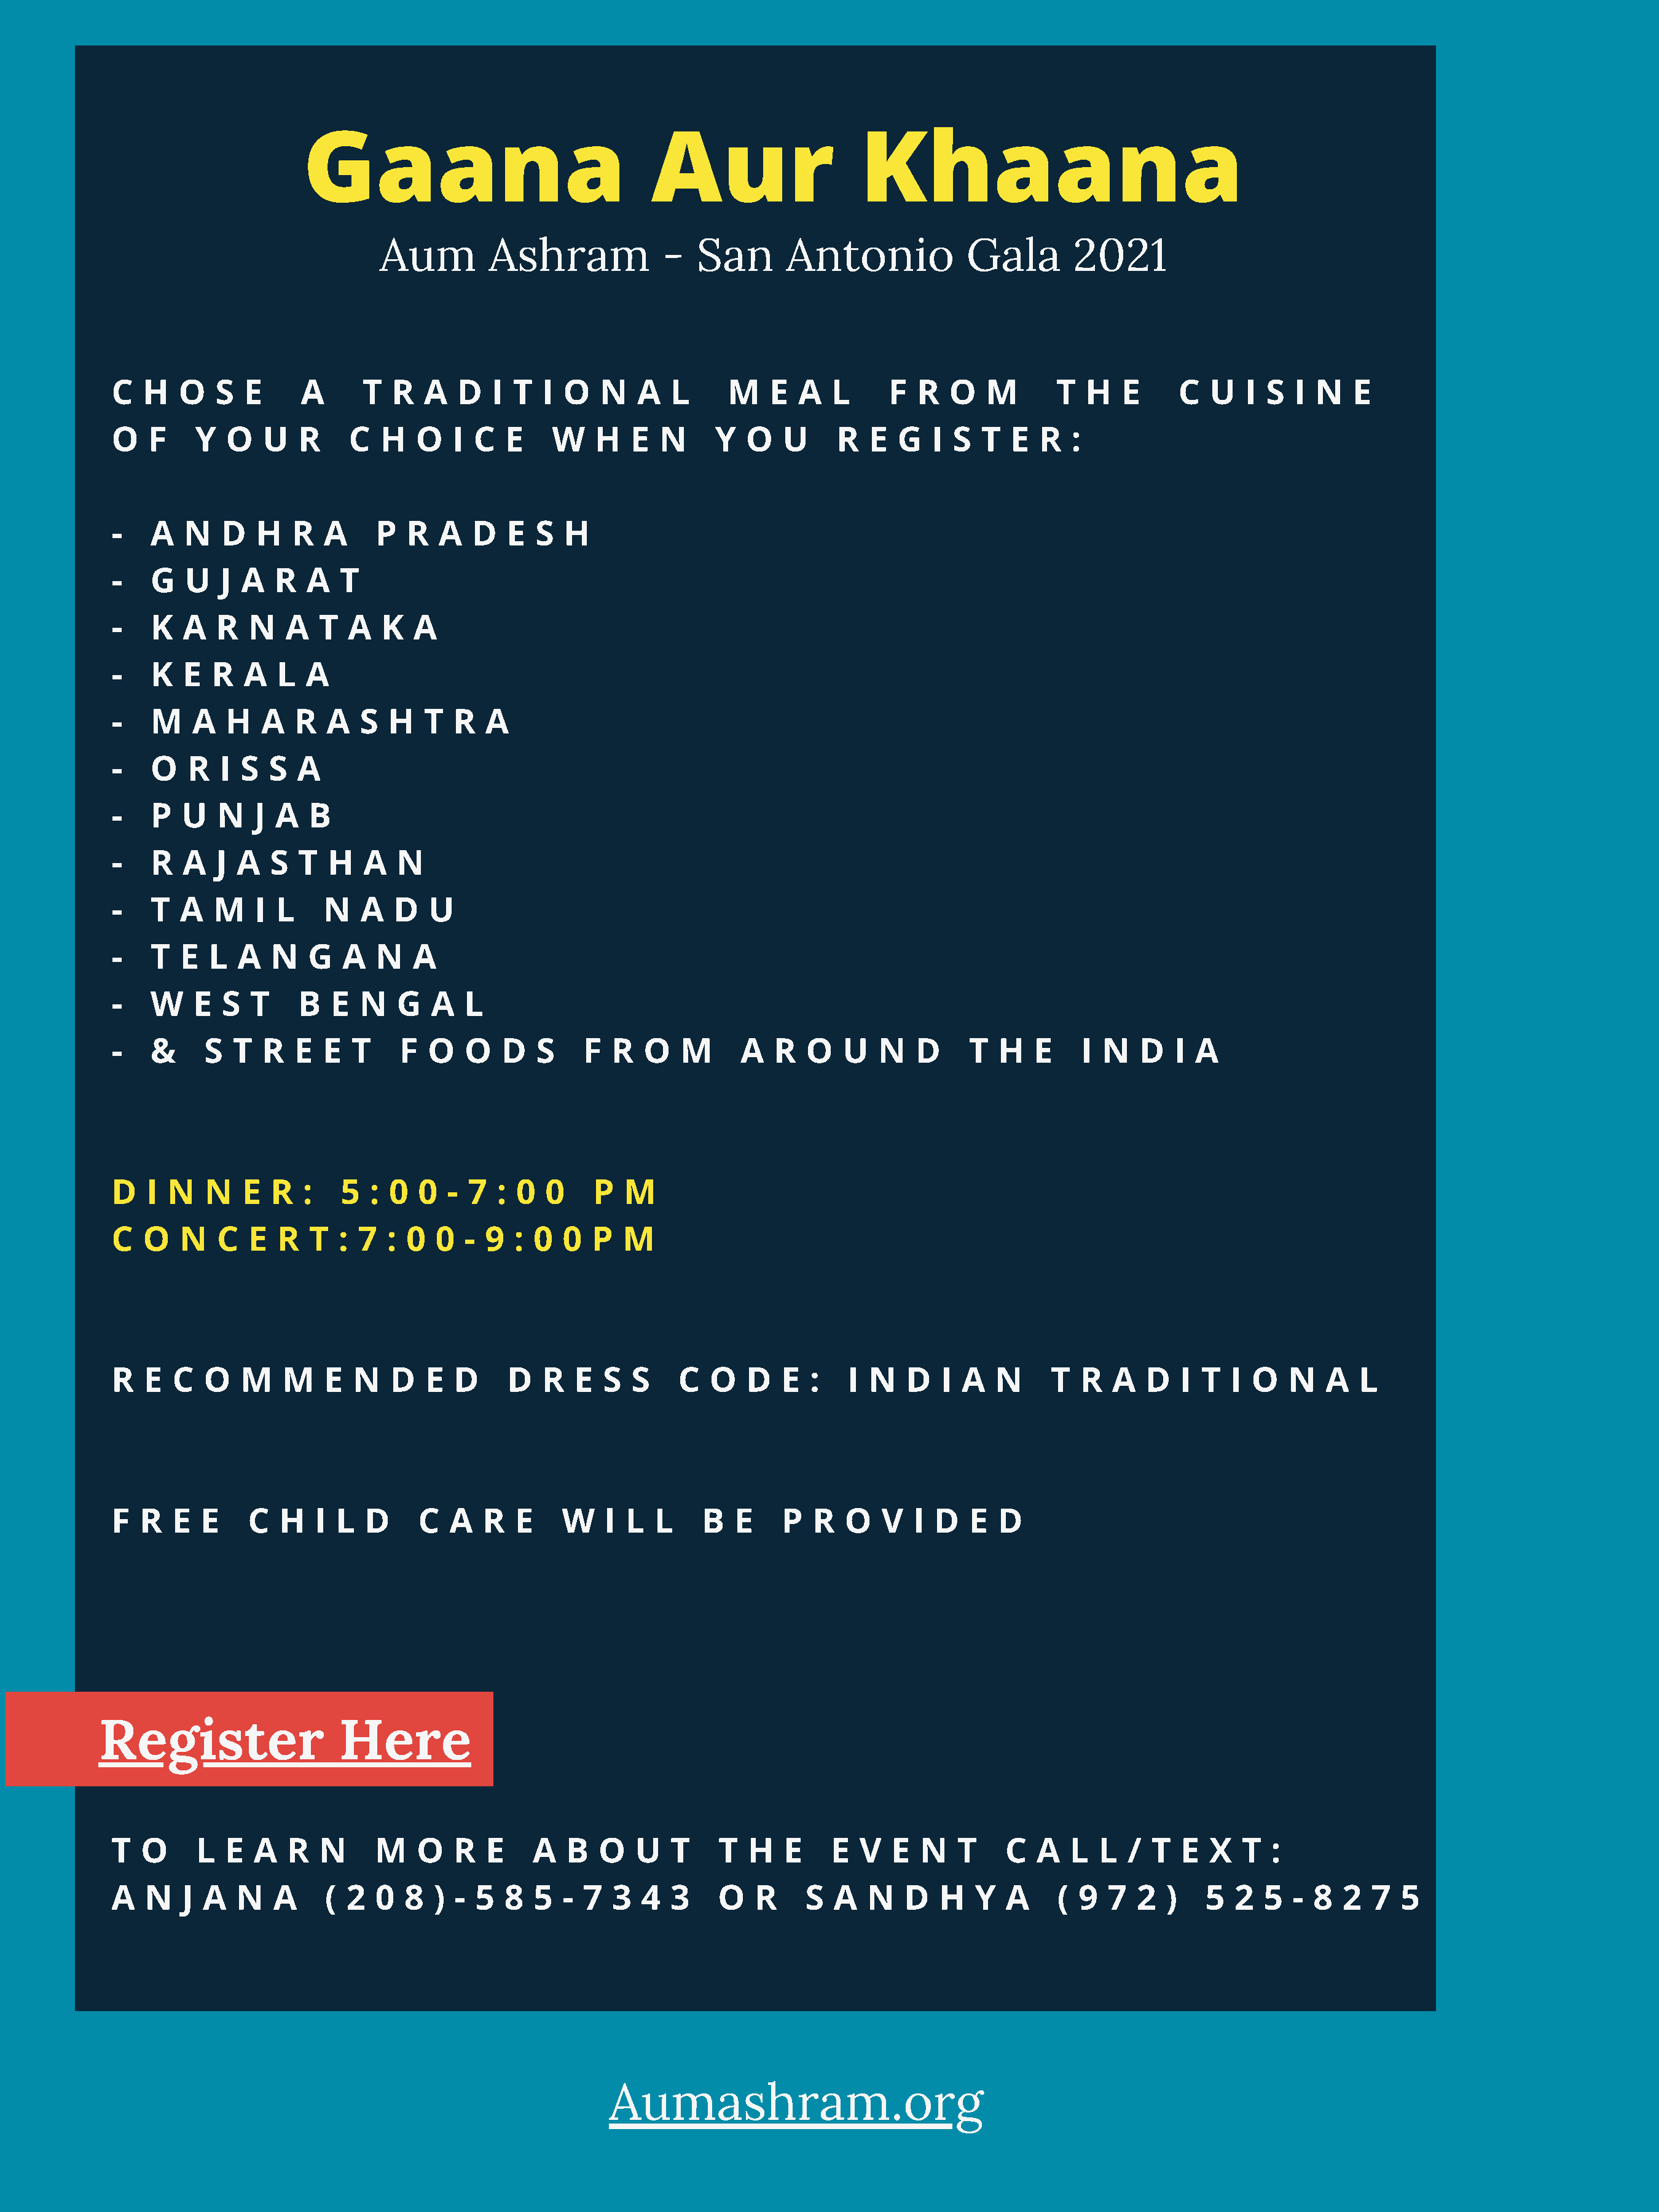
Gaana                                Aur                    Khaana
 Aum         Ashram            -   San       Antonio            Gala        2021
 C  H   O   S  E     A      T  R   A  D   I T  I  O   N   A  L     M    E  A   L     F  R  O   M       T  H   E     C  U   I S  I  N   E
 O   F    Y  O   U   R     C  H   O   I C  E    W    H   E  N     Y  O   U     R   E  G  I  S  T  E  R  :
 -   A   N   D   H  R   A    P   R  A   D   E  S  H
 -   G   U   J A   R  A   T
 -   K   A  R   N   A  T  A   K   A
 -   K   E  R  A   L  A
 -   M    A  H   A   R  A   S  H   T  R  A
 -   O   R   I S  S  A
 -   P   U  N   J  A  B
 -   R   A  J A   S  T  H   A   N
 -   T  A   M   I  L    N   A  D   U
 -   T  E  L   A  N   G   A  N   A
 -   W    E  S  T    B   E  N   G  A   L
 -   &     S  T  R   E  E  T    F  O   O   D   S    F  R  O   M      A  R   O   U   N   D    T   H  E    I  N   D   I A
 D   I N   N   E  R   :   5  : 0  0  - 7   : 0  0    P  M
 C  O   N   C   E  R  T  :  7  : 0  0  - 9  : 0   0  P  M
 R  E   C  O   M   M    E  N   D   E  D     D  R   E  S  S    C  O   D   E  :   I  N   D  I  A  N     T  R   A  D   I T   I O   N   A  L
 F  R   E  E    C  H   I L  D     C  A   R  E     W   I L  L     B  E    P   R  O   V  I  D  E  D
 Register                  Here
 T  O     L  E  A   R  N     M    O   R  E    A   B  O   U   T    T   H  E     E  V  E  N   T    C   A  L  L  /  T  E  X   T  :
 A   N   J A  N   A     ( 2  0   8  ) - 5  8  5   - 7  3  4  3    O   R     S  A  N   D   H   Y  A     ( 9  7  2   )   5  2  5  - 8   2  7  5
 Aumashram.org